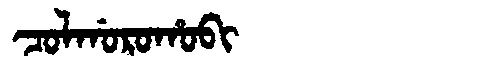
Manchu: ᠴᠣᠯᡤᠣᡵᠣᡥᠣᠪᡳ
Romanization: COLGOROHOBI